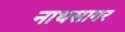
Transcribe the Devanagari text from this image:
नाथसागर